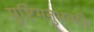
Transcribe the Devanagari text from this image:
मुष्टिमनुभवति